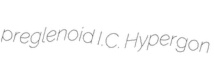
preglenoid I.C. Hypergon